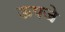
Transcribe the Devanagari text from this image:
ऊपजे